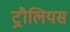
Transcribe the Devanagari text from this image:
ट्रौलियस